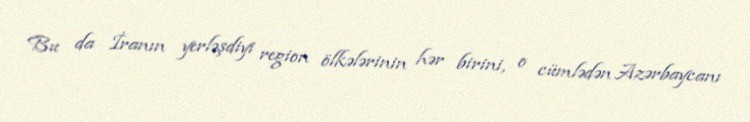
Bu da İranın yerləşdiyi region ölkələrinin hər birini, o cümlədən Azərbaycanı